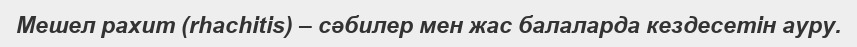
Мешел рахит (rhachіtіs) – сәбилер мен жас балаларда кездесетін ауру.